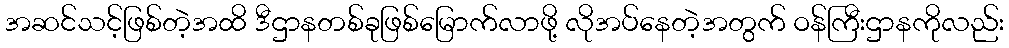
အဆင်သင့်ဖြစ်တဲ့အထိ ဒီဌာနတစ်ခုဖြစ်မြောက်လာဖို့ လိုအပ်နေတဲ့အတွက် ဝန်ကြီးဌာနကိုလည်း